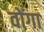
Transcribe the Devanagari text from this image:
वोंगा